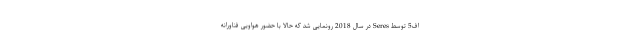
اف5 توسط Seres در سال 2018 رونمایی شد که حالا با حضور هواویی فناورانه